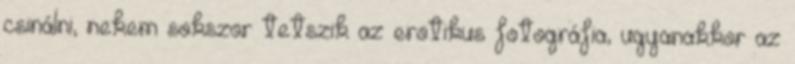
csinálni, nekem sokszor tetszik az erotikus fotográfia, ugyanakkor az